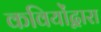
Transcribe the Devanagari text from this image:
कवियोंद्वारा